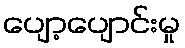
ပျော့ပျောင်းမှု